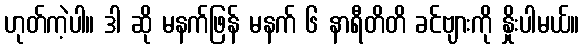
ဟုတ်ကဲ့ပါ။ ဒါ ဆို မနက်ဖြန် မနက် ၆ နာရီတိတိ ခင်ဗျားကို နှိုးပါမယ်။